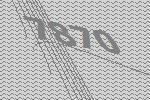
7870